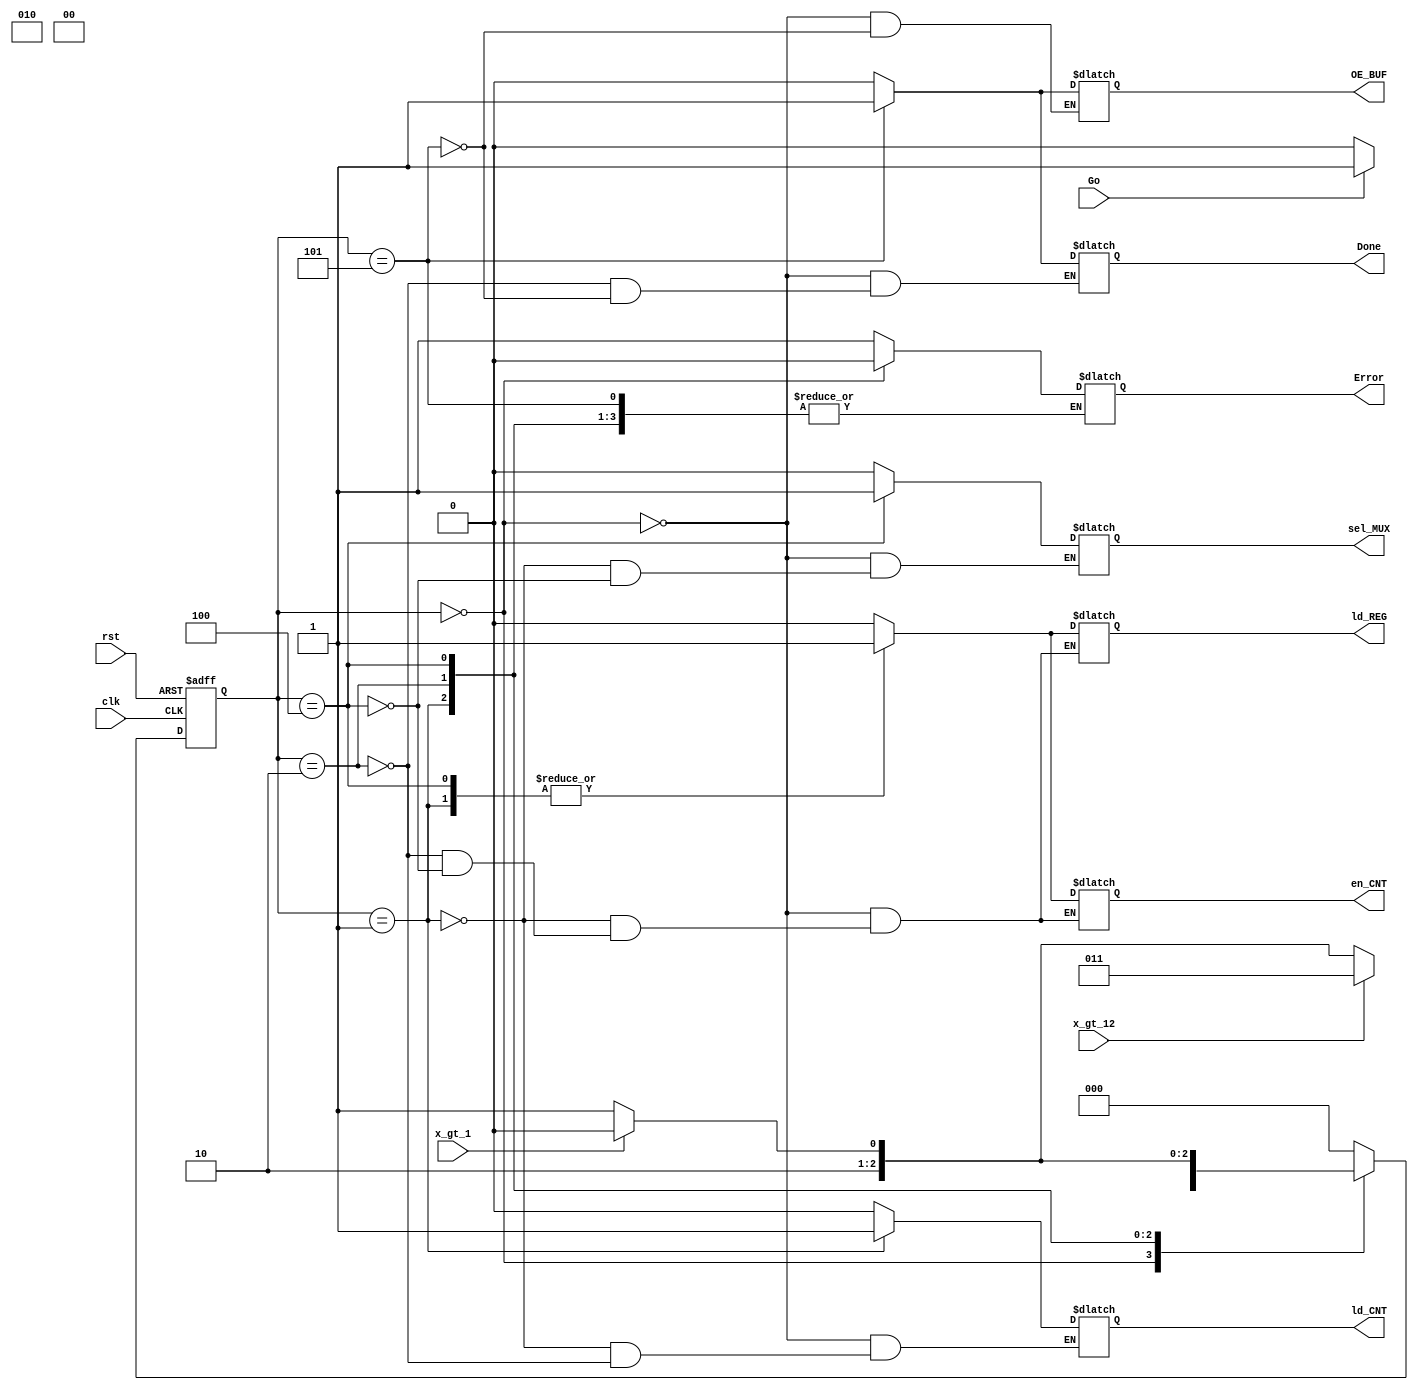
module factorial_cu #(parameter DATA_WIDTH = 32, CS_WIDTH = 3)(
    input Go,
    input clk, rst,
    input wire x_gt_1, x_gt_12,
    output reg Error,
    output reg Done,
    output reg ld_CNT, en_CNT, ld_REG, sel_MUX, OE_BUF 
);
    parameter   IDLE = 3'b000,
                S1 = 3'b001,
                S2 = 3'b010,
                S3 = 3'b011,
                S4 = 3'b100,
                S5 = 3'b101; 

    reg [CS_WIDTH-1:0] CS, NS = IDLE;


    always @(posedge clk, posedge rst) 
    begin
        if(rst) CS <= IDLE;
        else CS <= NS;
    end         

    always @(CS, Go, x_gt_1, x_gt_12)
    begin
        case(CS)
            IDLE: begin
                if(Go) NS <= S1;
                else NS <= IDLE;
            end
            S1: begin
                NS <= S2;
            end
            S2: begin
                if(x_gt_12) NS <= S3;
                else begin
                    if(x_gt_1) NS <= S4;
                    else NS <= S5;
                end
            end
            S3: begin
                NS <= IDLE;
            end
            S4: begin
                if(x_gt_1) NS <= S4;
                else NS <= S5;
            end
            S5: begin
                NS <= IDLE;
            end
            default: NS <= IDLE;
        endcase
    end

    // TODO: Write Output Signals to Datapath
    always @(CS)
    begin
        case(CS)
            IDLE: begin
                Done = 0;
                Error = 0;
                OE_BUF = 0;
                sel_MUX = 0;
                en_CNT = 0;
                ld_REG = 0;
                ld_CNT = 0;
            end
            S1: begin
                ld_CNT = 1;
                ld_REG = 1;
                en_CNT = 1;
                sel_MUX = 0;
            end
            S2: begin
                ld_CNT = 0;
                ld_REG = 0;
                en_CNT = 0;
                Done = 0;
            end
            S3: begin
                Error = 1;
            end
            S4: begin
                sel_MUX = 1;
                en_CNT = 1;
                ld_REG = 1;
            end
            S5: begin
                Done = 1;
                OE_BUF = 1;
            end
            default: Error = 1;
        endcase
    end



endmodule